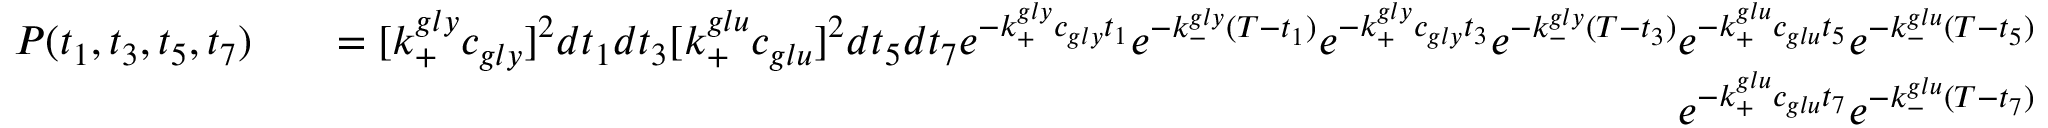
\begin{array} { r l r } { P ( t _ { 1 } , t _ { 3 } , t _ { 5 } , t _ { 7 } ) } & { } & { = [ k _ { + } ^ { g l y } c _ { g l y } ] ^ { 2 } d t _ { 1 } d t _ { 3 } [ k _ { + } ^ { g l u } c _ { g l u } ] ^ { 2 } d t _ { 5 } d t _ { 7 } e ^ { - k _ { + } ^ { g l y } c _ { g l y } t _ { 1 } } e ^ { - k _ { - } ^ { g l y } ( T - t _ { 1 } ) } e ^ { - k _ { + } ^ { g l y } c _ { g l y } t _ { 3 } } e ^ { - k _ { - } ^ { g l y } ( T - t _ { 3 } ) } e ^ { - k _ { + } ^ { g l u } c _ { g l u } t _ { 5 } } e ^ { - k _ { - } ^ { g l u } ( T - t _ { 5 } ) } } \\ & { } & { e ^ { - k _ { + } ^ { g l u } c _ { g l u } t _ { 7 } } e ^ { - k _ { - } ^ { g l u } ( T - t _ { 7 } ) } } \end{array}